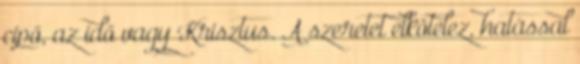
cipő, az idő vagy Krisztus. A szeretet elkötelez, hatással